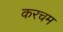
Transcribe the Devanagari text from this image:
करचम